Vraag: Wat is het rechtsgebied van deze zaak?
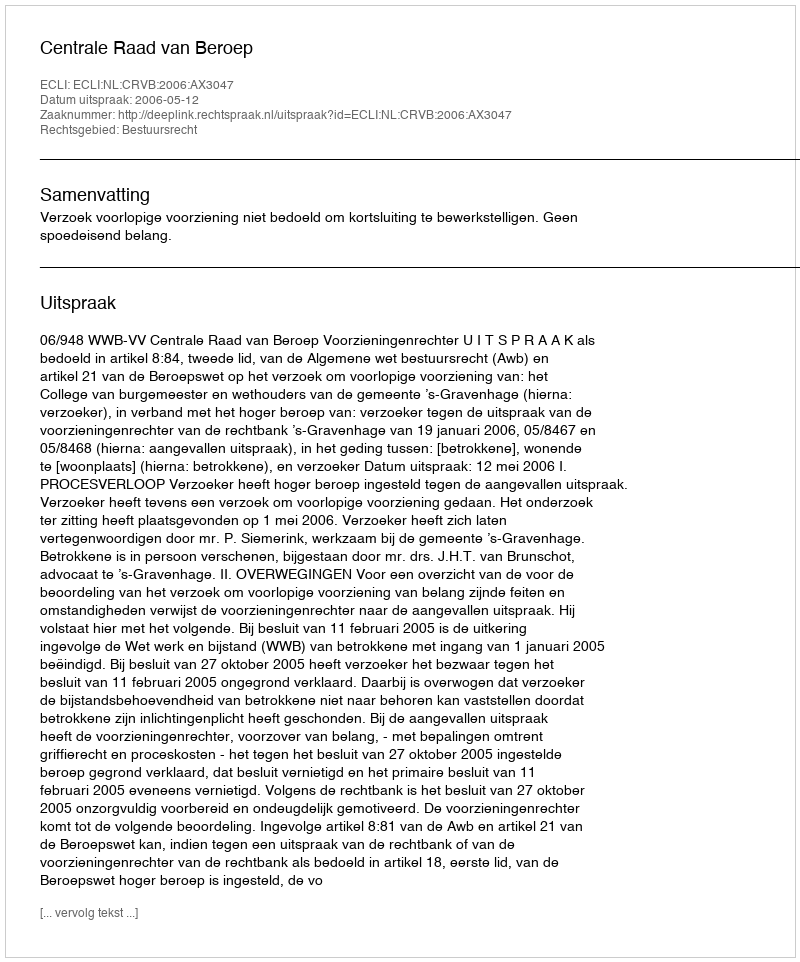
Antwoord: Bestuursrecht